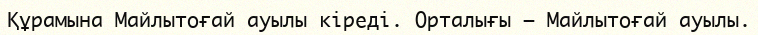
Құрамына Майлытоғай ауылы кіреді. Орталығы – Майлытоғай ауылы.